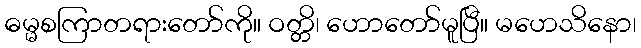
ဓမ္မစကြာတရားတော်ကို။ ဝတ္တိ၊ ဟောတော်မူပြီ။ မဟေသိနော၊